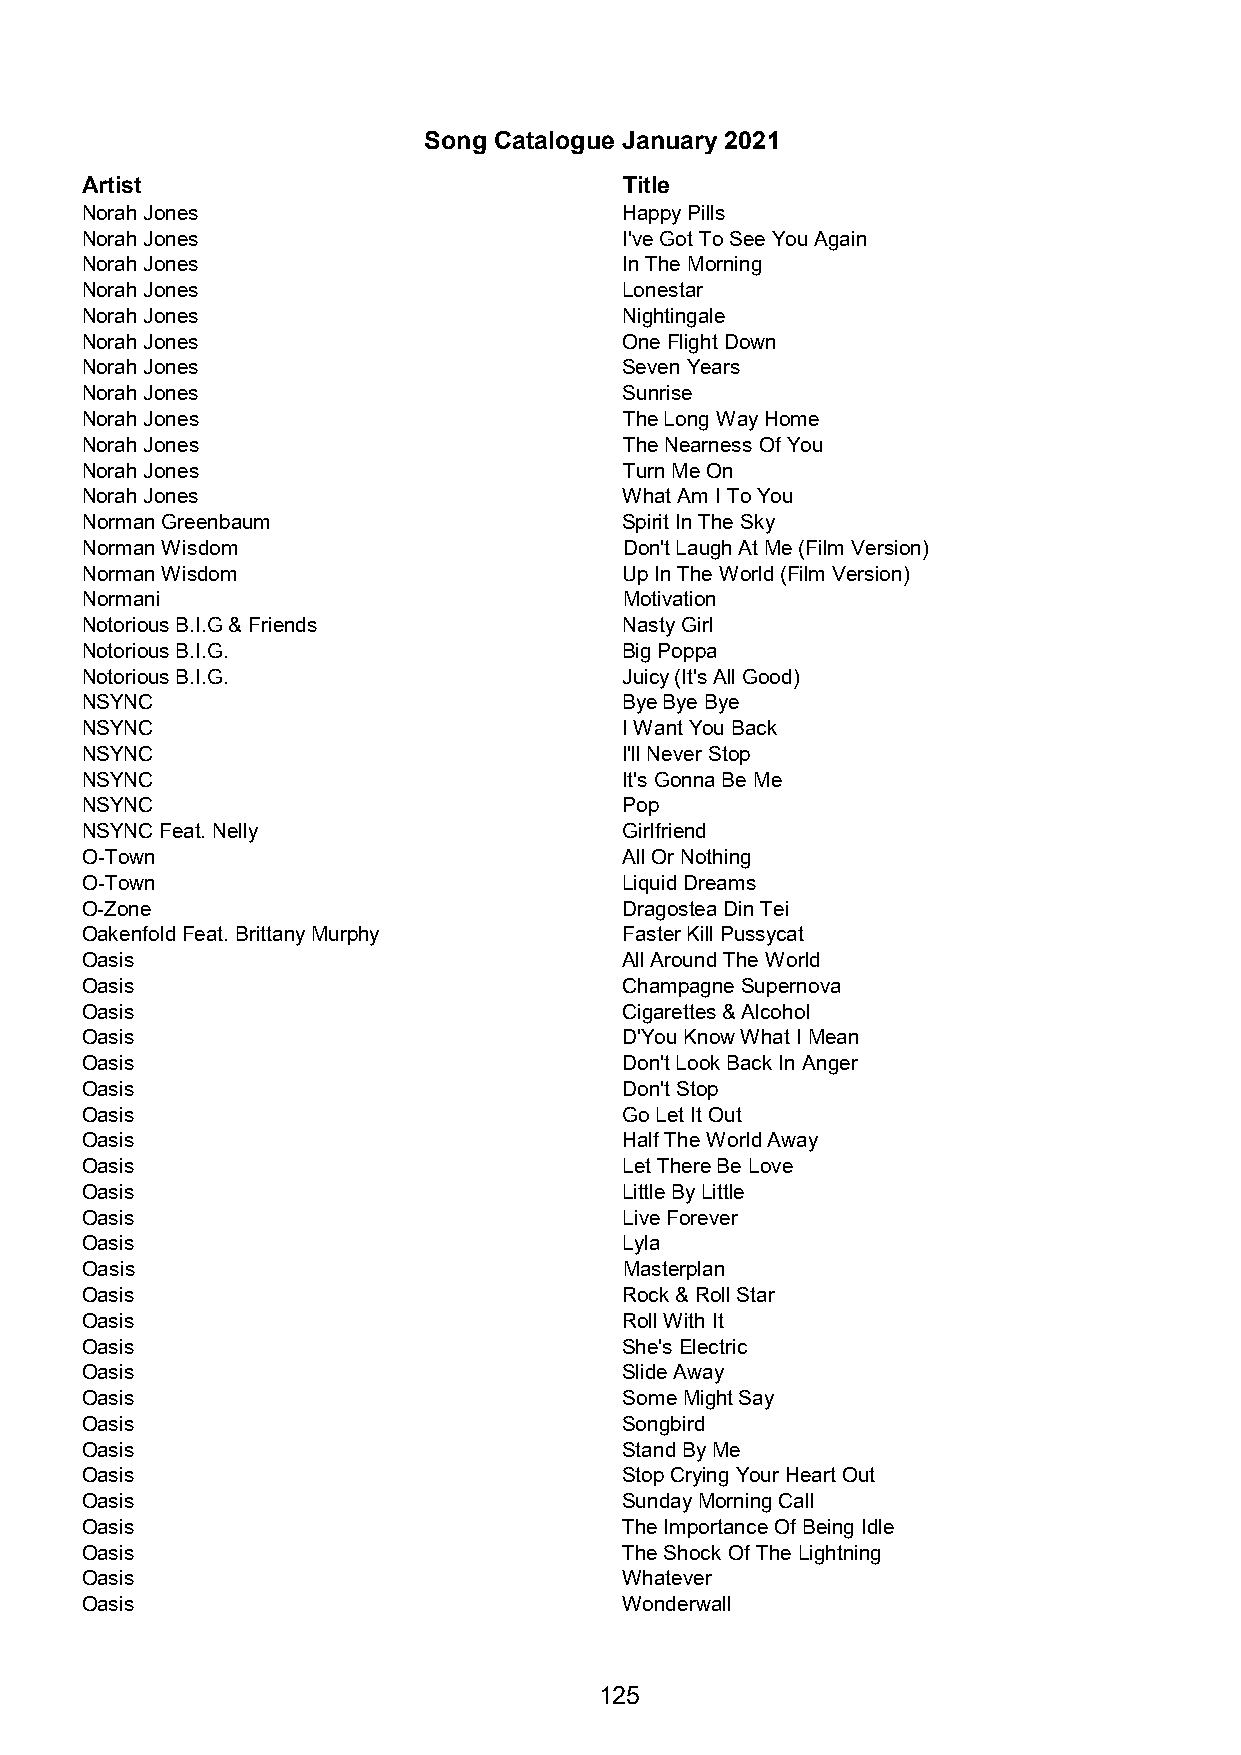
Song Catalogue January 2021
 Artist                              Title
 Norah Jones                         Happy Pills
 Norah Jones                         I've Got To See You Again
 Norah Jones                         In The Morning
 Norah Jones                         Lonestar
 Norah Jones                         Nightingale
 Norah Jones                         One Flight Down
 Norah Jones                         Seven Years
 Norah Jones                         Sunrise
 Norah Jones                         The Long Way Home
 Norah Jones                         The Nearness Of You
 Norah Jones                         Turn Me On
 Norah Jones                         What Am I To You
 Norman Greenbaum                    Spirit In The Sky
 Norman Wisdom                       Don't Laugh At Me (Film Version)
 Norman Wisdom                       Up In The World (Film Version)
 Normani                             Motivation
 Notorious B.I.G & Friends           Nasty Girl
 Notorious B.I.G.                    Big Poppa
 Notorious B.I.G.                    Juicy (It's All Good)
 NSYNC                               Bye Bye Bye
 NSYNC                               I Want You Back
 NSYNC                               I'll Never Stop
 NSYNC                               It's Gonna Be Me
 NSYNC                               Pop
 NSYNC Feat. Nelly                   Girlfriend
 O-Town                              All Or Nothing
 O-Town                              Liquid Dreams
 O-Zone                              Dragostea Din Tei
 Oakenfold Feat. Brittany Murphy     Faster Kill Pussycat
 Oasis                               All Around The World
 Oasis                               Champagne Supernova
 Oasis                               Cigarettes & Alcohol
 Oasis                               D'You Know What I Mean
 Oasis                               Don't Look Back In Anger
 Oasis                               Don't Stop
 Oasis                               Go Let It Out
 Oasis                               Half The World Away
 Oasis                               Let There Be Love
 Oasis                               Little By Little
 Oasis                               Live Forever
 Oasis                               Lyla
 Oasis                               Masterplan
 Oasis                               Rock & Roll Star
 Oasis                               Roll With It
 Oasis                               She's Electric
 Oasis                               Slide Away
 Oasis                               Some Might Say
 Oasis                               Songbird
 Oasis                               Stand By Me
 Oasis                               Stop Crying Your Heart Out
 Oasis                               Sunday Morning Call
 Oasis                               The Importance Of Being Idle
 Oasis                               The Shock Of The Lightning
 Oasis                               Whatever
 Oasis                               Wonderwall
 125